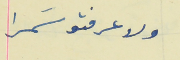
ولا عرفتو سَمرا